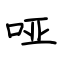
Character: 哑